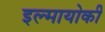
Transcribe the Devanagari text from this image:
इल्मायोकी